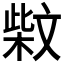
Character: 𰘐